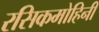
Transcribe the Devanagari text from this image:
रसिकमोहिनी